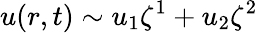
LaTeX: u(r,t)\sim u_{1}\zeta^{1}+u_{2}\zeta^{2}